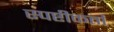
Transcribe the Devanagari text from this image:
स्पष्टीकर्ता